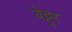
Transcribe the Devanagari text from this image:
वेट्ट्रर